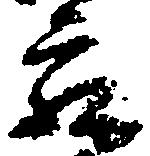
蔵